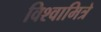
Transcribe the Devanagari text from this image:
विश्वामित्रे